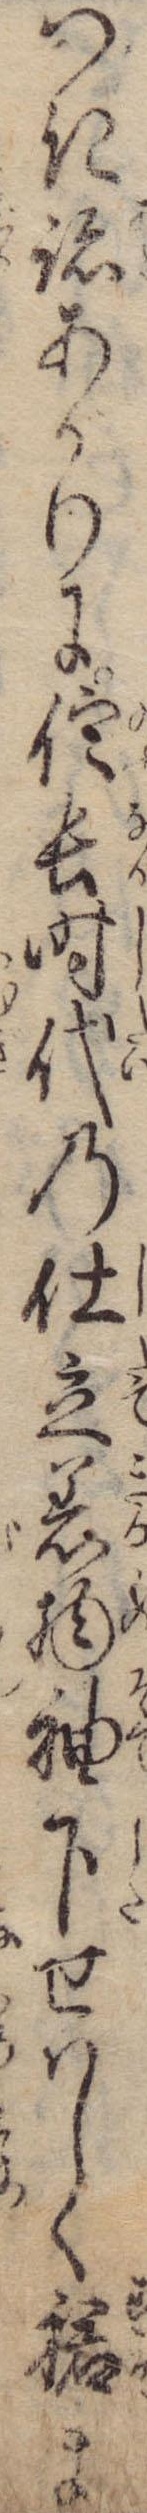
つき跡あがりに信長時代の仕立着物袖下せはしく裙ま